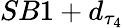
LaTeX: SB1+d_{\tau_{4}}